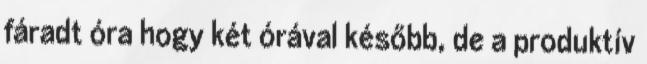
fáradt óra hogy két órával később, de a produktív